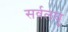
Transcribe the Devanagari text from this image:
सर्वलघु